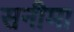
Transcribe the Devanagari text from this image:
सनीमा